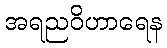
အရညဝိဟာရေန